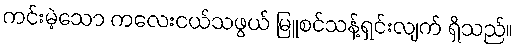
ကင်းမဲ့သော ကလေးငယ်သဖွယ် မြူစင်သန့်ရှင်းလျက် ရှိသည်။